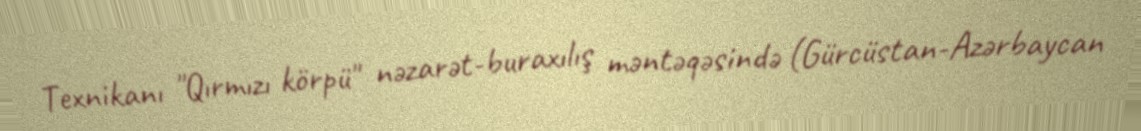
Texnikanı "Qırmızı körpü" nəzarət-buraxılış məntəqəsində (Gürcüstan-Azərbaycan